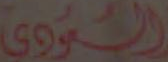
النووي